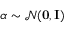
\boldsymbol \alpha \sim \mathcal { N } ( { \bf 0 , I } )